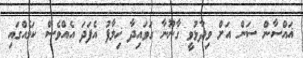
ޣައްސާން ސަން އަށް ވިދާޅުވީ ގާނޫނާ ގަވައިދާ ޚިލާފު އެފަދަ އެއްވެސް ކަމެއްގައި